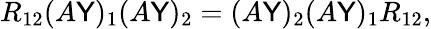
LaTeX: R_{12}(A\mathsf{Y})_{1}(A\mathsf{Y})_{2}=(A\mathsf{Y})_{2}(A\mathsf{Y})_{1}R_{12},